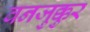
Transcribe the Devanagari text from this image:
वनजुक्कुर